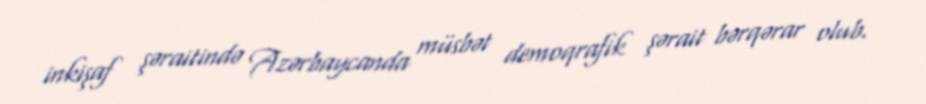
inkişaf şəraitində Azərbaycanda müsbət demoqrafik şərait bərqərar olub.